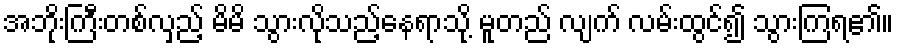
အဘိုးကြီးတစ်လှည့် မိမိ သွားလိုသည့်နေရာသို့ မူတည် လျက် လမ်းထွင်၍ သွားကြရ၏။